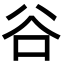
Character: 谷